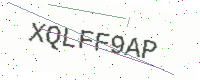
Text: XQLFF9AP